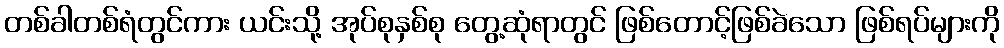
တစ်ခါတစ်ရံတွင်ကား ယင်းသို့ အုပ်စုနှစ်စု တွေ့ဆုံရာတွင် ဖြစ်တောင့်ဖြစ်ခဲသော ဖြစ်ရပ်များကို